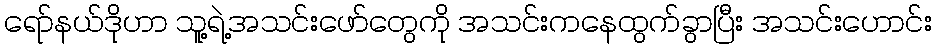
ရော်နယ်ဒိုဟာ သူ့ရဲ့အသင်းဖော်တွေကို အသင်းကနေထွက်ခွာပြီး အသင်းဟောင်း